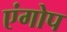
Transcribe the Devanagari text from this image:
एंगोप